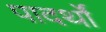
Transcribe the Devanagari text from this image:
पादर्थों